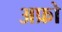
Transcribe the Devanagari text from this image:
अफ्रो